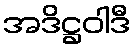
အဒိဋ္ဌဝါဒီ